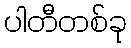
ပါတီတစ်ခု